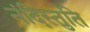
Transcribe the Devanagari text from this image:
नंदिस्तुति